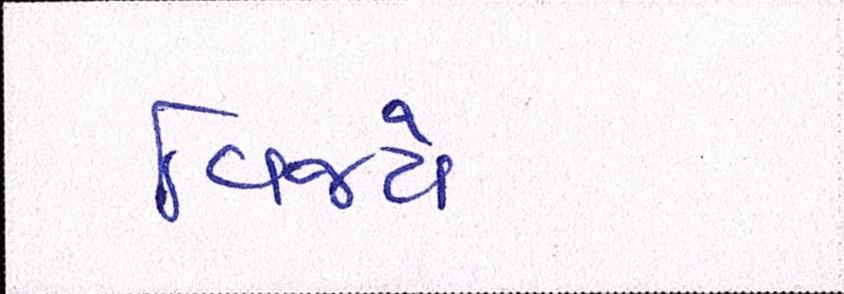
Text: વિજયે